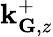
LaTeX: \mathbf{k}_{\mathbf{{G}},z}^{+}